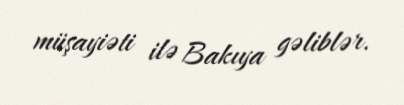
müşayiəti ilə Bakıya gəliblər.